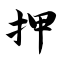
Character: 押